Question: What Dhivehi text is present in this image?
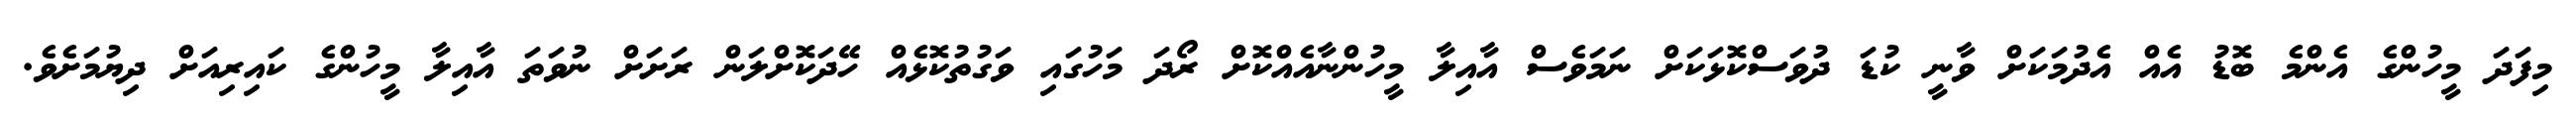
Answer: މިފަދަ މީހުންގެ އެންމެ ބޮޑު އެއް އެދުމަކަށް ވާނީ ކުޑަ ދުވަސްކޮޅަކަށް ނަމަވެސް އާއިލާ މީހުންނާއެއްކޮށް ރޯދަ މަހުގައި ވަގުތުކޮޅެއް ހޭދަކޮށްލަން ރަށަށް ނުވަތަ އާއިލާ މީހުންގެ ކައިރިއަށް ދިޔުމަށެވެ.